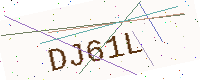
Text: DJ61L